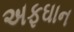
અફઘાન